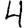
Digit: 4